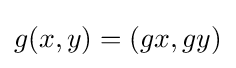
g(x,y)=(gx,gy)